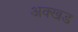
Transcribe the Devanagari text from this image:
अक्खड